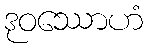
ဒုဝဿောဟံ